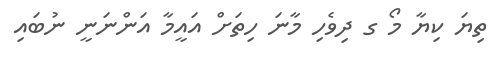
ތިޔަ ކިޔާ މޯ ގ ދިވެހި މާނަ ހިތަށް އައީމާ އަންނަނީ ނުބައި